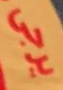
يرجى